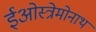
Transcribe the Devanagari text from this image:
ईओस्त्रेमोनाथ